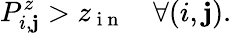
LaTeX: P_{i,\mathbf{j}}^{z}>z_{\mathrm{{~i~n~}}}\quad\forall(i,\mathbf{j}).